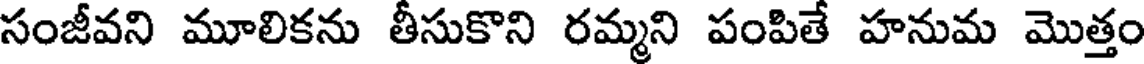
సంజీవని మూలికను తీసుకొని రమ్మని పంపితే హనుమ మొత్తం